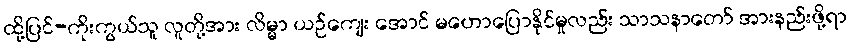
ထို့ပြင်-ကိုးကွယ်သူ လူတို့အား လိမ္မာ ယဉ်ကျေး အောင် မဟောပြောနိုင်မှုလည်း သာသနာတော် အားနည်းဖို့ရာ